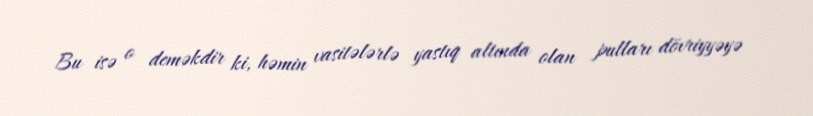
Bu isə o deməkdir ki, həmin vasitələrlə yastıq altında olan pulları dövriyyəyə